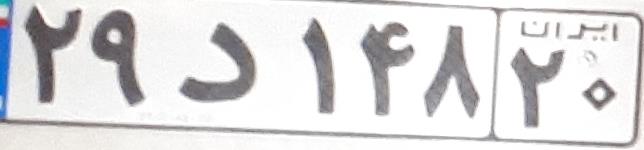
۲۹د۱۴۸۲۰